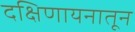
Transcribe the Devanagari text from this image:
दक्षिणायनातून